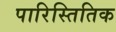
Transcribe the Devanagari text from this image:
पारिस्तितिक